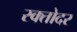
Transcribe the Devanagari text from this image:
रक्तोदर